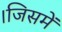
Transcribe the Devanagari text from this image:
।जिसमें